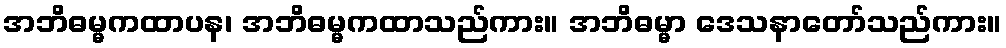
အဘိဓမ္မကထာပန၊ အဘိဓမ္မကထာသည်ကား။ အဘိဓမ္မာ ဒေသနာတော်သည်ကား။